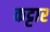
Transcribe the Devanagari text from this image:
कट्टार